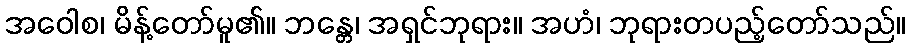
အဝေါစ၊ မိန့်တော်မူ၏။ ဘန္တေ၊ အရှင်ဘုရား။ အဟံ၊ ဘုရားတပည့်တော်သည်။